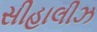
સીહાલીઝ